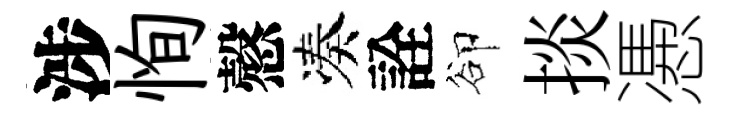
涉恂慤凑詮卻掞慿